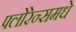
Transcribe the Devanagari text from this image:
फ्लोरेन्समधे